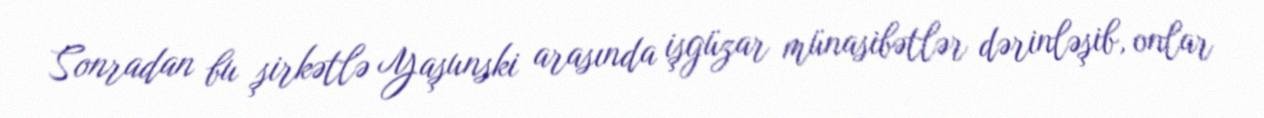
Sonradan bu şirkətlə Yaşunski arasında işgüzar münasibətlər dərinləşib, onlar